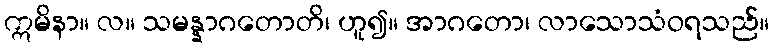
ဣမိနာ။ လ။ သမန္နာဂတောတိ၊ ဟူ၍။ အာဂတော၊ လာသောသံဝရသည်။